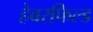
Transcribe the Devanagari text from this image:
हेबरफिल्ड